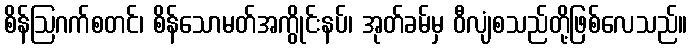
စိန်ဩဂက်စတင်၊ စိန်သောမတ်အကွိုင်းနပ်၊ အုတ်ခမ်မှ ဝီလျံစသည်တို့ဖြစ်လေသည်။